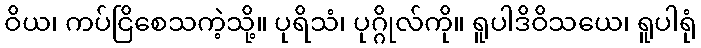
ဝိယ၊ ကပ်ငြိစေသကဲ့သို့။ ပုရိသံ၊ ပုဂ္ဂိုလ်ကို။ ရူပါဒိဝိသယေ၊ ရူပါရုံ